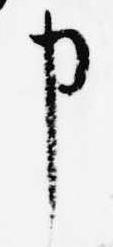
申